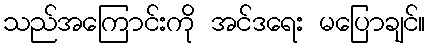
သည်အကြောင်းကို အင်ဒရေး မပြောချင်။